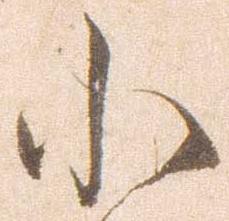
小